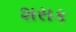
શસક